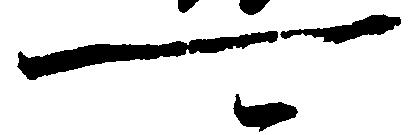
可